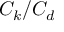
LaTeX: C _ { k } / C _ { d }